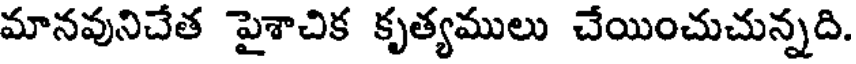
మానవునిచేత పైశాచిక కృత్యములు చేయించుచున్నది.